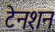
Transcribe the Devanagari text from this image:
टेनशन